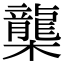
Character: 㰍